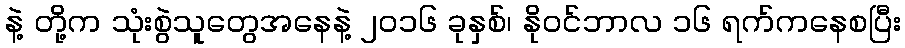
နဲ့ တို့က သုံးစွဲသူတွေအနေနဲ့ ၂၀၁၆ ခုနှစ်၊ နိုဝင်ဘာလ ၁၆ ရက်ကနေစပြီး